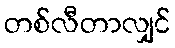
တစ်လီတာလျှင်